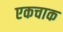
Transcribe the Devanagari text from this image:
एकचाक